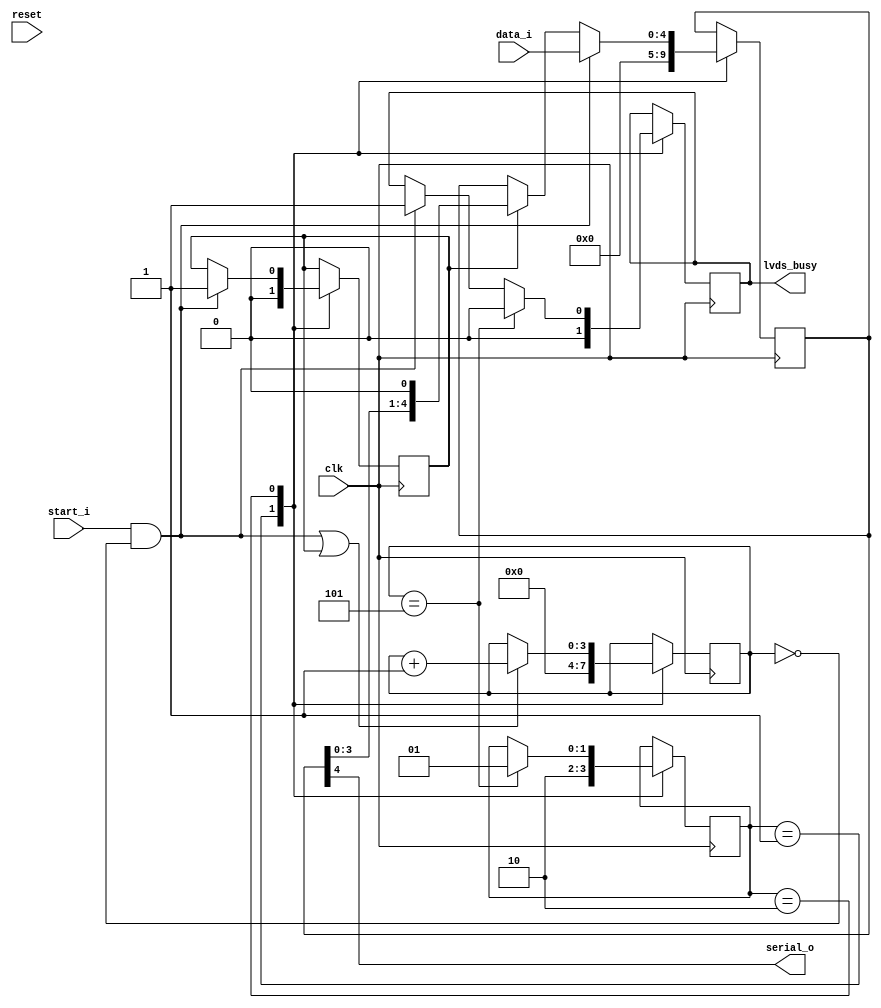
module serializer_5bit (
        input clk,
        input reset,
        input [4:0] data_i,
        input start_i,
        output lvds_busy,
        output serial_o
    );
     
    reg lvds_busy;
    reg [3:0] checker;
    reg [4:0] frame;
    reg start;
    
    // STATE MASHINE   
    reg [1:0] state = 2'b01;    
    localparam INIT =        2'b01;
    localparam FRAME_SEND =   2'b10;
    
    always @ (posedge clk)
    begin: STATE_MASHINE
        case(state)
            
        INIT: begin
            state <= FRAME_SEND;                 
        end
                
        FRAME_SEND: begin
            if (checker == 5) state <= INIT;  
        end 
                  
        endcase
    end  
    
    assign serial_o = frame[4]; //back and comment assign down
    
    always @ (posedge clk)
    begin: EX
        case(state)
        
        INIT: begin
            checker <= 0;
            frame <= 0;  
            start <= 0; 
            lvds_busy <= 0;             
        end 
                   
        FRAME_SEND: begin
            if (start_i && checker == 0) begin                   
                frame <= data_i;
                start <= 1;
                lvds_busy <= 1;
            end                    
            else if (start)
                frame <= {frame, 1'b0}; 
                      
            if ((start_i && checker == 0) | start) 
                checker <= checker + 1;           
            if (checker == 5) lvds_busy <= 0;                                                                                                                      
            end
        endcase
    end       
     
    endmodule